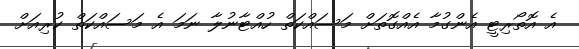
އެ އޮތޯރިޓީ އެންގުމާ އެއްގޮތަށް މަސައްކަތް ހުއްޓާނުލާ ނަމަ އެ މަސައްކަތް ކުރިއަށް